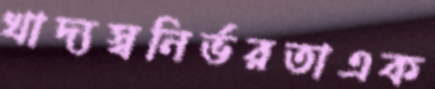
খাদ্যস্বনির্ভরতাএক